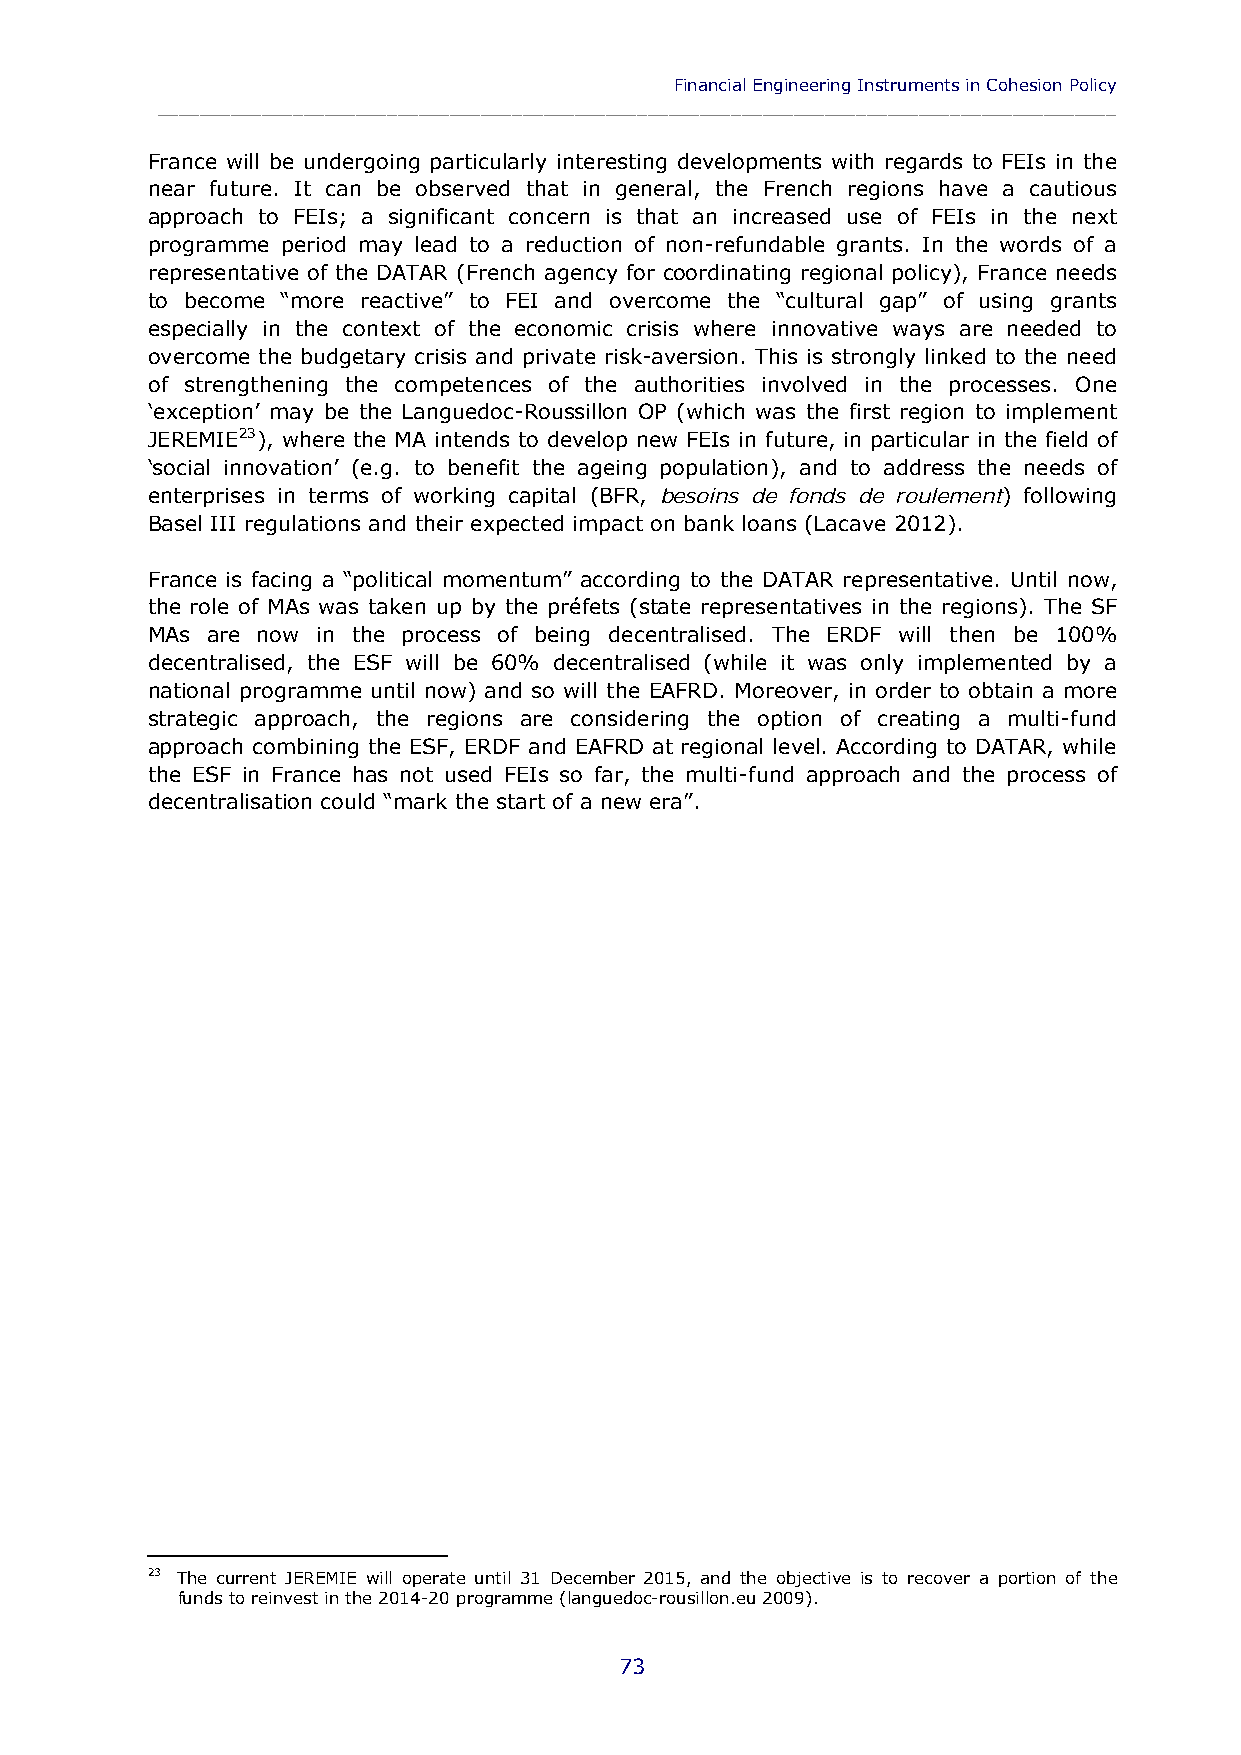
Financial Engineering Instruments in Cohesion Policy
 ____________________________________________________________________________________________
 France will be undergoing particularly interesting developments with regards to FEIs in the
 near future. It can be observed that in general, the French regions have a cautious
 approach to FEIs; a significant concern is that an increased use of FEIs in the next
 programme period may lead to a reduction of non-refundable grants. In the words of a
 representative of the DATAR (French agency for coordinating regional policy), France needs
 to become “more reactive” to FEI and overcome the “cultural gap” of using grants
 especially in the context of the economic crisis where innovative ways are needed to
 overcome the budgetary crisis and private risk-aversion. This is strongly linked to the need
 of strengthening the competences of the authorities involved in the processes. One
 ‘exception’ may be the Languedoc-Roussillon OP (which was the first region to implement
 JEREMIE23), where the MA intends to develop new FEIs in future, in particular in the field of
 ‘social innovation’ (e.g. to benefit the ageing population), and to address the needs of
 enterprises in terms of working capital (BFR, besoins de fonds de roulement) following
 Basel III regulations and their expected impact on bank loans (Lacave 2012).
 France is facing a “political momentum” according to the DATAR representative. Until now,
 the role of MAs was taken up by the préfets (state representatives in the regions). The SF
 MAs are now in the process of being decentralised. The ERDF will then be 100%
 decentralised, the ESF will be 60% decentralised (while it was only implemented by a
 national programme until now) and so will the EAFRD. Moreover, in order to obtain a more
 strategic approach, the regions are considering the option of creating a multi-fund
 approach combining the ESF, ERDF and EAFRD at regional level. According to DATAR, while
 the ESF in France has not used FEIs so far, the multi-fund approach and the process of
 decentralisation could “mark the start of a new era”.
 23 The current JEREMIE will operate until 31 December 2015, and the objective is to recover a portion of the
 funds to reinvest in the 2014-20 programme (languedoc-rousillon.eu 2009).
 73